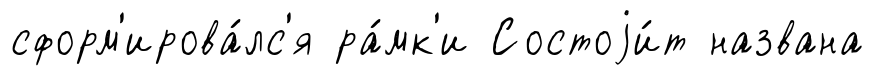
сформ'ирова́лс'я ра́мк'и Состоjи́т названа